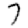
Digit: 7